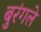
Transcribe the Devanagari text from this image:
बुरंगले